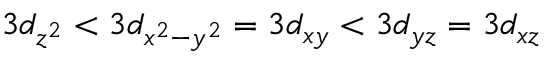
3 d _ { z ^ { 2 } } < 3 d _ { x ^ { 2 } - y ^ { 2 } } = 3 d _ { x y } < 3 d _ { y z } = 3 d _ { x z }